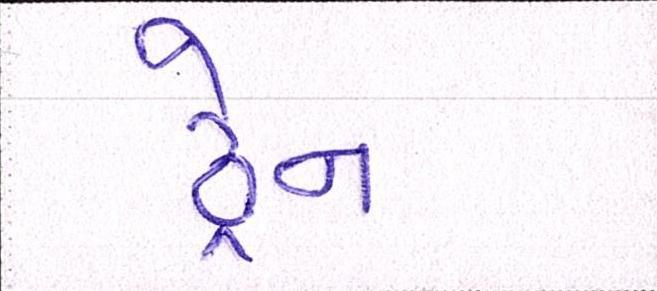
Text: ડ્રેન